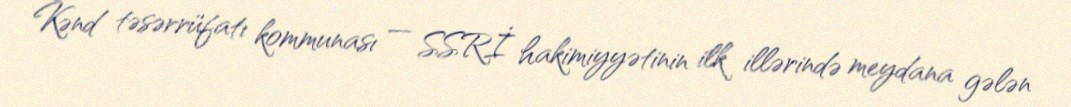
Kənd təsərrüfatı kommunası — SSRİ hakimiyyətinin ilk illərində meydana gələn